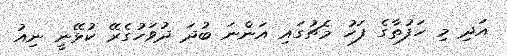
އަދި މި ހަފުތާގެ ފަހު މެޗުގައި އަންނަ ބުދަ ދުވަހުގެރޭ ކުޅޭނީ ނިއު